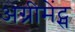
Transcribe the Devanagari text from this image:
अग्रीमेंट्स